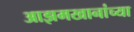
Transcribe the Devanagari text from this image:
आझमखानांच्या